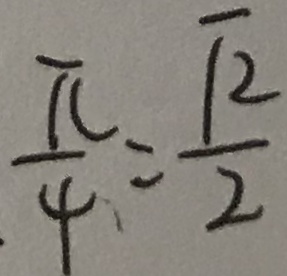
. \frac { \pi } { 4 } = \frac { \sqrt { 2 } } { 2 }